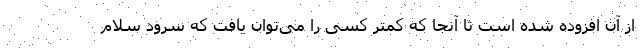
از آن افزوده شده است تا آنجا که کمتر کسی را می‌توان یافت که سرود سلام